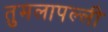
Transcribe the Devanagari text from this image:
तुमलापल्ली